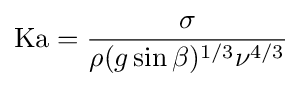
\mathrm {Ka} ={\frac {\sigma }{\rho (g\sin \beta )^{1/3}\nu ^{4/3}}}